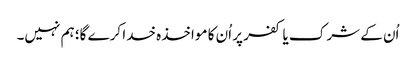
اُن کے شرک یا کفر پر اُن کا مواخذہ خدا کرے گا؛ ہم نہیں۔